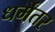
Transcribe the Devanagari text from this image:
धर्मेतर